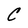
Character: C